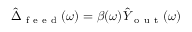
\hat { \Delta } _ { \mathrm { ~ f ~ e ~ e ~ d ~ } } ( \omega ) = \beta ( \omega ) \hat { Y } _ { \mathrm { ~ o ~ u ~ t ~ } } ( \omega )